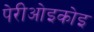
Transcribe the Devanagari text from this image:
पेरीओइकोइ